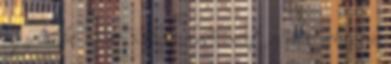
figyelembe M20 Rekesz eladó, mert az m20 rekesz ár